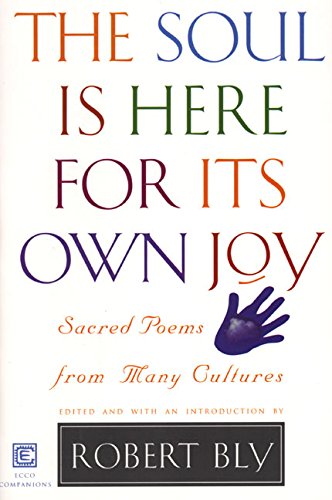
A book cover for The Soul is Here for Its Own Joy: Sacred Poems from Many Cultures; Literature & Fiction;